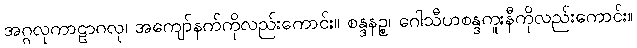
အဂ္ဂလုကာဠာဂလု၊ အကျော်နက်ကိုလည်းကောင်း။ စန္ဒနဉ္စ၊ ဂေါသီဟစန္ဒကူးနီကိုလည်းကောင်း။